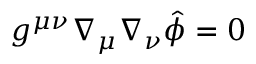
g ^ { \mu \nu } \nabla _ { \mu } \nabla _ { \nu } \hat { \phi } = 0